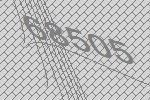
68505